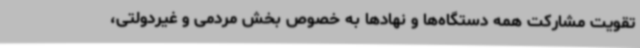
تقویت مشارکت همه دستگاه‌ها و نهادها به خصوص بخش مردمی و غیردولتی،